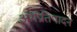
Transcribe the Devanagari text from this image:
अर्थप्रतिपादन